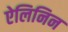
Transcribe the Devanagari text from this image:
ऐलिनिन